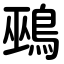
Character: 鵐